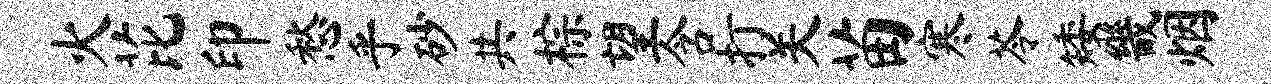
火芘印愁乎砂共棕望含打关苗寒苓矮畿烟